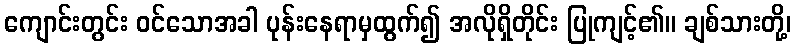
ကျောင်းတွင်း ဝင်သောအခါ ပုန်းနေရာမှထွက်၍ အလိုရှိတိုင်း ပြုကျင့်၏။ ချစ်သားတို့၊